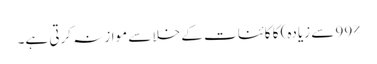
99% سے زیادہ) کا کائنات کے خلا سے موازنہ کرتی ہے۔